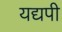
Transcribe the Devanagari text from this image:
यद्यपी